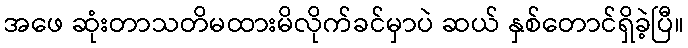
အဖေ ဆုံးတာသတိမထားမိလိုက်ခင်မှာပဲ ဆယ် နှစ်တောင်ရှိခဲ့ပြီ။